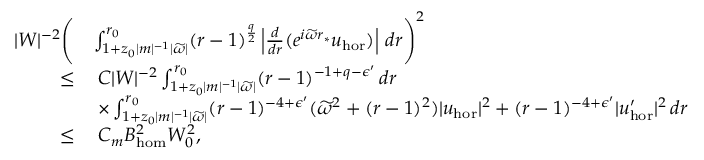
\begin{array} { r l } { | W | ^ { - 2 } \Bigg ( } & { \int _ { 1 + z _ { 0 } | m | ^ { - 1 } | \widetilde { \omega } | } ^ { r _ { 0 } } ( r - 1 ) ^ { \frac { q } { 2 } } \left| \frac { d } { d r } ( e ^ { i \widetilde { \omega } r _ { * } } { u } _ { \mathrm { h o r } } ) \right| \, d r \Bigg ) ^ { 2 } } \\ { \leq } & { \: C | W | ^ { - 2 } \int _ { 1 + z _ { 0 } | m | ^ { - 1 } | \widetilde { \omega } | } ^ { r _ { 0 } } ( r - 1 ) ^ { - 1 + q - \epsilon ^ { \prime } } \, d r } \\ & { \: \times \int _ { 1 + z _ { 0 } | m | ^ { - 1 } | \widetilde { \omega } | } ^ { r _ { 0 } } ( r - 1 ) ^ { - 4 + \epsilon ^ { \prime } } ( \widetilde { \omega } ^ { 2 } + ( r - 1 ) ^ { 2 } ) | { u } _ { \mathrm { h o r } } | ^ { 2 } + ( r - 1 ) ^ { - 4 + \epsilon ^ { \prime } } | { u } _ { \mathrm { h o r } } ^ { \prime } | ^ { 2 } \, d r } \\ { \leq } & { \: C _ { m } B _ { \mathrm { h o m } } ^ { 2 } W _ { 0 } ^ { 2 } , } \end{array}